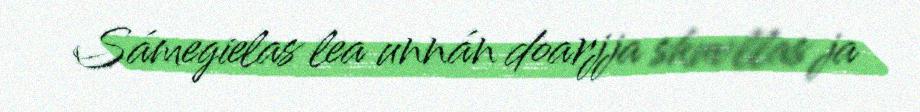
Sámegielas lea unnán doarjja skuvllas ja